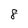
Character: 8